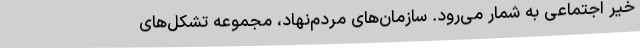
خیر اجتماعی به شمار می‌رود. سازمان‌های مردم‌نهاد، مجموعه تشکل‌های